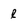
Character: l